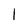
Character: l